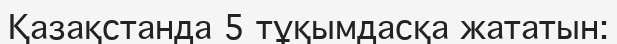
Қазақстанда 5 тұқымдасқа жататын: